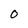
Character: O